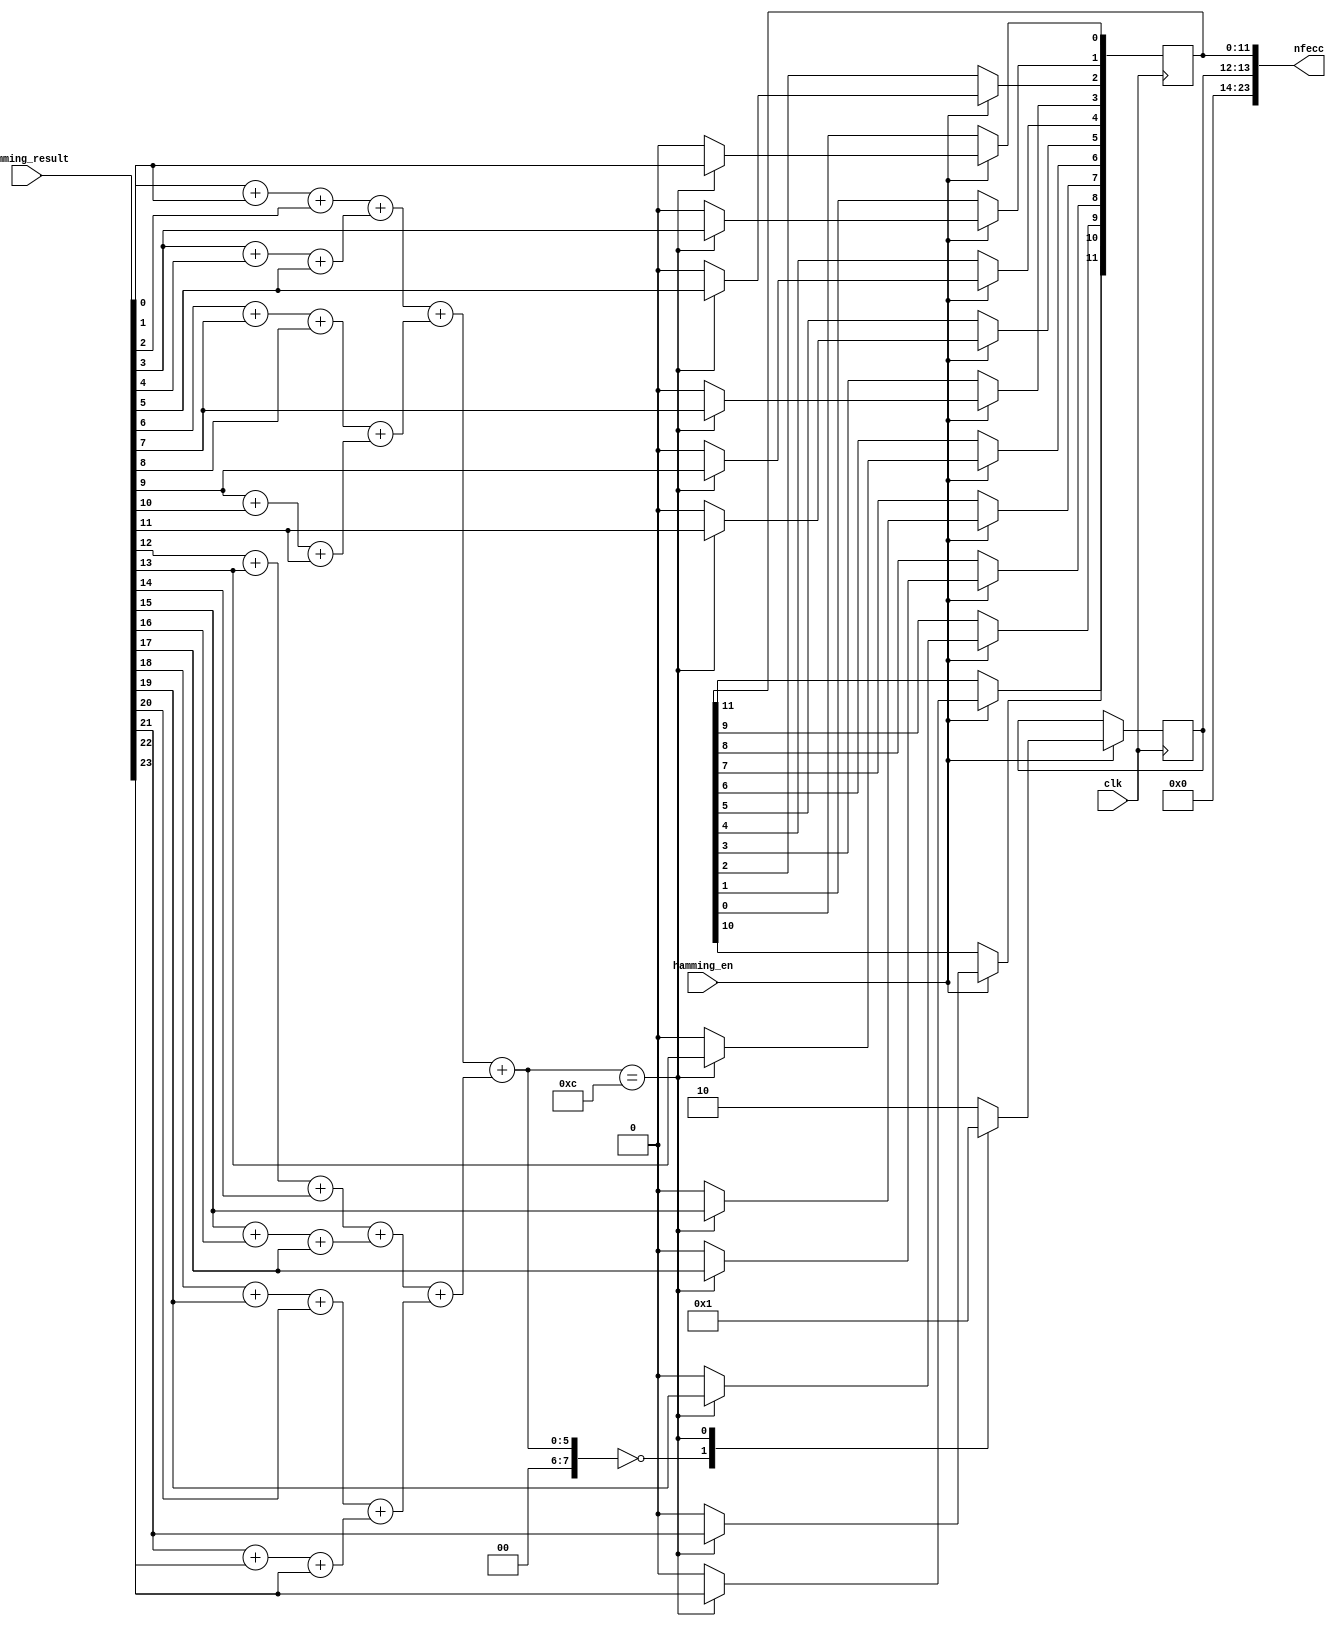
module hamming_xor( clk,
                   hamming_en,
                   hamming_result,
                   nfecc
                  );
input clk;     
input hamming_en;      
       
input [23:0] hamming_result;

output [23:0]nfecc;
reg    [11:0]nfecc_r;
reg     [1:0] state;
assign  nfecc[23:0]={10'b0,state,nfecc_r};

wire [23:0] tmp;
assign tmp=hamming_result;

wire [7:0]  cnt;
assign cnt = (((tmp[0]+tmp[1]+tmp[2])+(tmp[3]+tmp[4]+tmp[5]))+((tmp[6]+tmp[7]+tmp[8])+(tmp[9]+
           tmp[10]+tmp[11])))+(((tmp[12]+tmp[13]+tmp[14])+(tmp[15]+tmp[16]+tmp[17]))+((tmp[18]+tmp[19]+tmp[20])+
           (tmp[21]+tmp[22]+tmp[23])));


			  
always@(posedge clk)
begin
    
  if(hamming_en) begin
    case(cnt)
      0:  begin
           state   <= 2'b00;
           nfecc_r <= 12'h0000;
          end
      12: begin
          state      <= 2'b01;
          nfecc_r[0] <= tmp[1]; 
          nfecc_r[1] <= tmp[3];
          nfecc_r[2] <= tmp[5];
          nfecc_r[3] <= tmp[7];
          nfecc_r[4] <= tmp[9];
          nfecc_r[5] <= tmp[11];
          nfecc_r[6] <= tmp[13];
          nfecc_r[7] <= tmp[15];
          nfecc_r[8] <= tmp[17];
          nfecc_r[9] <= tmp[19];
          nfecc_r[10] <= tmp[21];
          nfecc_r[11] <= tmp[23];
          end
          
     default: begin
            state <= 2'b10; 
            nfecc_r <=12'h000;
             end
    endcase
   end
  
end


                  
                  
endmodule